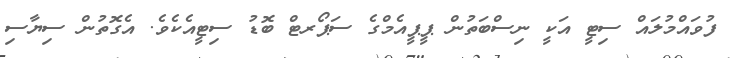
ފުވައްމުލައް ސިޓީ އަކީ ނިސްބަތުން ޕީޕީއެމްގެ ސަޕޯރޓް ބޮޑު ސިޓީއެކެވެ. އެގޮތުން ސިޔާސި